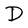
Character: D